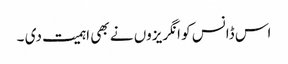
اس ڈانس کو انگریزوں نے بھی اہمیت دی ۔